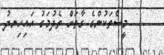
މީސްތަކުންގެ ގާތަށް ތެދުމަގު އައިހިނދު